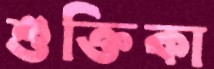
শুক্তিকা